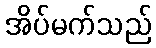
အိပ်မက်သည်